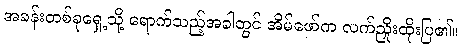
အခန်းတစ်ခုရှေ့သို့ ရောက်သည့်အခါတွင် အိမ်ဖော်က လက်ညှိုးထိုးပြ၏။